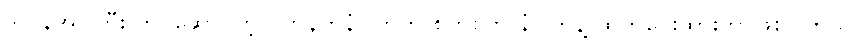
ဒလန်အုပ်ကြီး ကိုင်ဆောင်တဲ့လက်နက်နံပါတ်က စကစက နံပါတ်နဲ့ ထုတ်ပေးထားတာဖြစ်ပါတယ်။